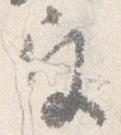
宮